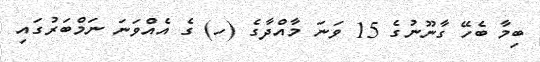
ބިމާ ބެހޭ ގާނޫނުގެ 15 ވަނަ މާއްދާގެ (ހ) ގެ އެއްވަނަ ނަމްބަރުގައި